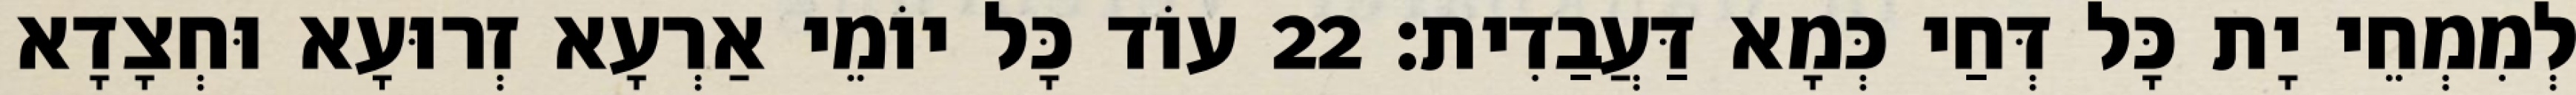
לְמִמְחֵי יָת כָּל דְּחַי כְּמָא דַּעֲבַדִית׃ 22 עוֹד כָּל יוֹמֵי אַרְעָא זְרוּעָא וּחְצָדָא